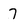
Character: 7